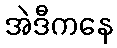
အဲဒီကနေ